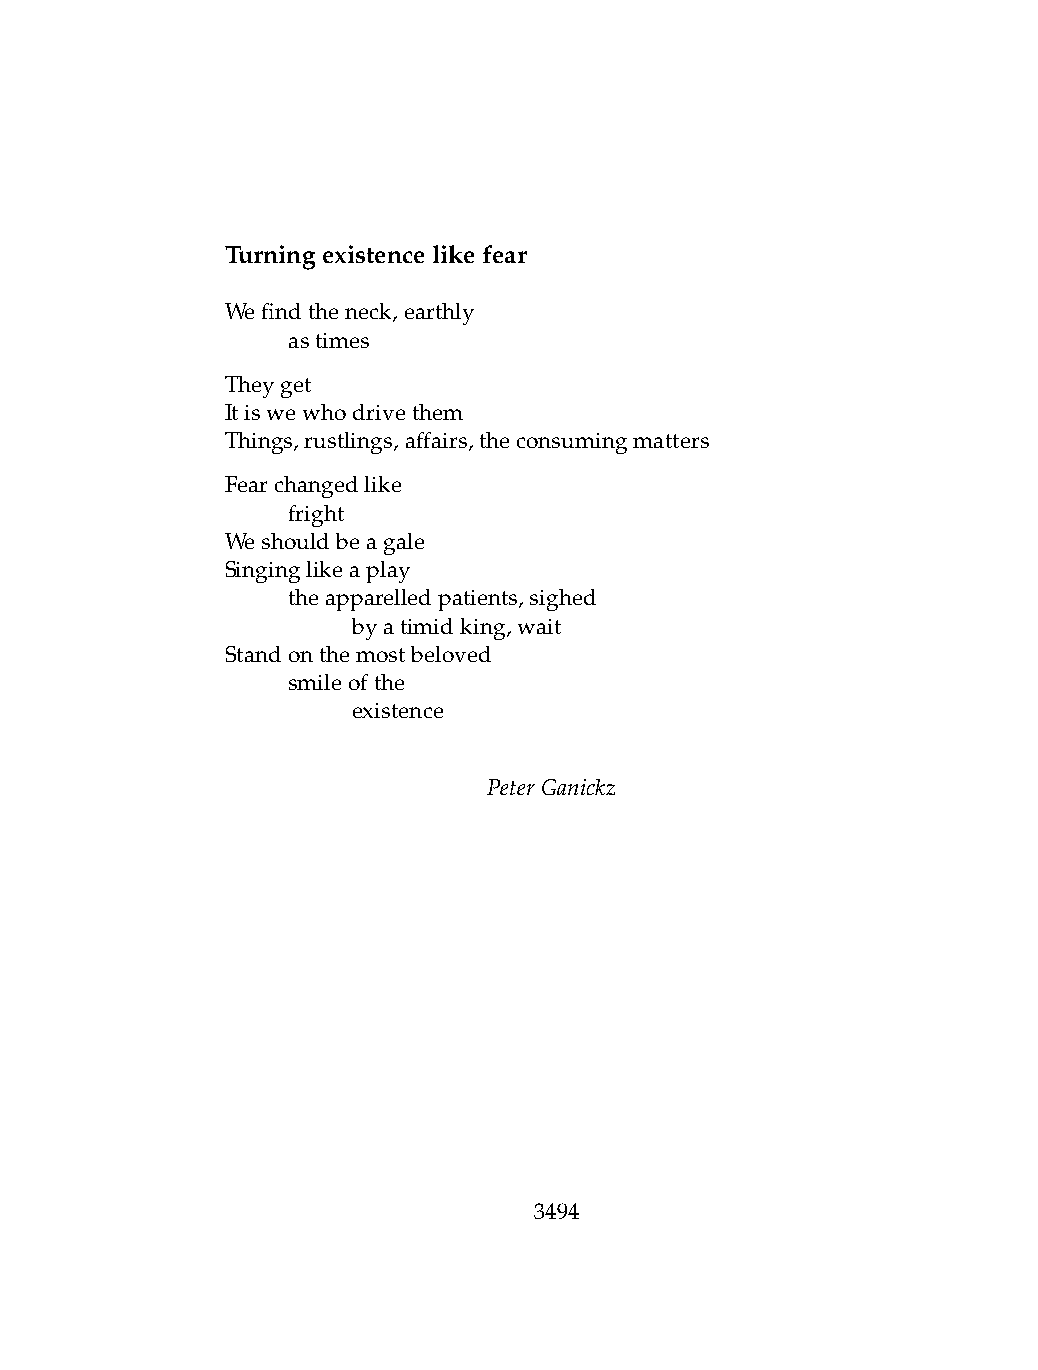
Turningexistencelikefear
 Wefindtheneck,earthly
 .   astimes
 Theyget
 Itiswewhodrivethem
 Things,rustlings,affairs,theconsumingmatters
 Fearchangedlike
 .   fright
 Weshouldbeagale
 Singinglikeaplay
 .   theapparelledpatients,sighed
 .   .   byatimidking,wait
 Standonthemostbeloved
 .   smileofthe
 .   .   existence
 PeterGanickz
 3494